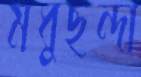
মধুছন্দা